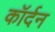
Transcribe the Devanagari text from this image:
कॉर्दन